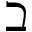
\beth